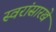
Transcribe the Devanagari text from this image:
स्वरांसारखे